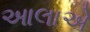
આલાએ